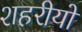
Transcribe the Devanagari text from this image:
शहरीयों